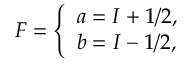
\begin{array} { r } { F = \left\{ \begin{array} { l l } { a = I + 1 / 2 , } \\ { b = I - 1 / 2 , } \end{array} \right. } \end{array}